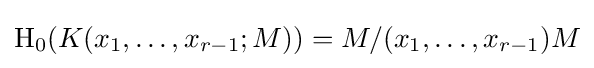
\operatorname {H} _{0}(K(x_{1},\dots ,x_{r-1};M))=M/(x_{1},\dots ,x_{r-1})M